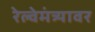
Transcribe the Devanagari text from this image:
रेल्वेमंत्र्यावर